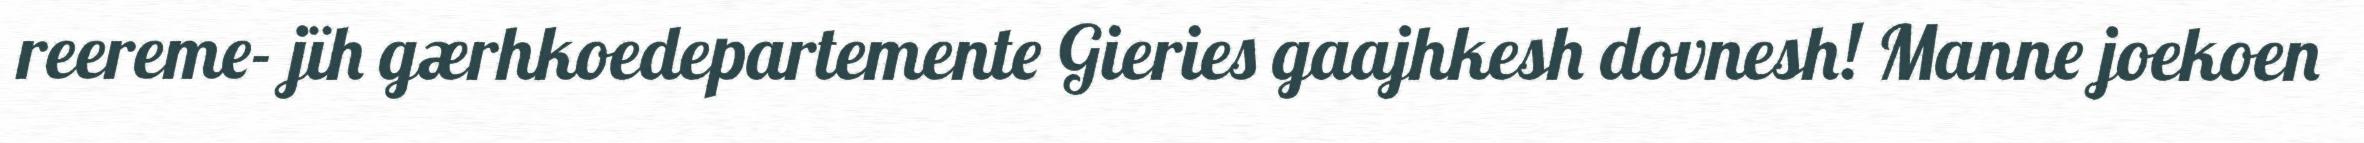
reereme- jïh gærhkoedepartemente Gieries gaajhkesh dovnesh! Manne joekoen